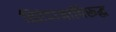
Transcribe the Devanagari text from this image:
तिरंदाजाविरूद्ध